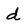
Character: d